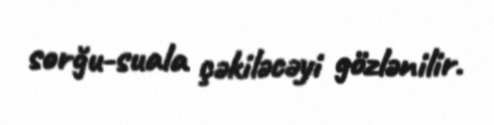
sorğu-suala çəkiləcəyi gözlənilir.